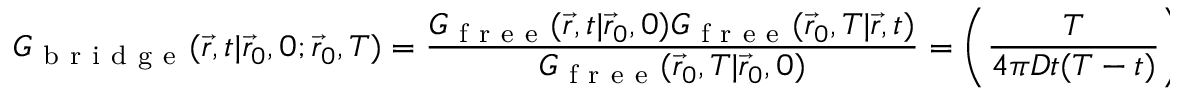
G _ { \mathrm { ~ b ~ r ~ i ~ d ~ g ~ e ~ } } ( \vec { r } , t | \vec { r } _ { 0 } , 0 ; \vec { r } _ { 0 } , T ) = \frac { G _ { \mathrm { ~ f ~ r ~ e ~ e ~ } } ( \vec { r } , t | \vec { r } _ { 0 } , 0 ) G _ { \mathrm { ~ f ~ r ~ e ~ e ~ } } ( \vec { r } _ { 0 } , T | \vec { r } , t ) } { G _ { \mathrm { ~ f ~ r ~ e ~ e ~ } } ( \vec { r } _ { 0 } , T | \vec { r } _ { 0 } , 0 ) } = \left( \frac { T } { 4 \pi D t ( T - t ) } \right) ^ { 3 / 2 } \exp \left( - \frac { T ( \vec { r } - \vec { r } _ { 0 } ) ^ { 2 } } { 4 D t ( T - t ) } \right) ,